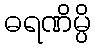
ဓရဏိမ္ပိ